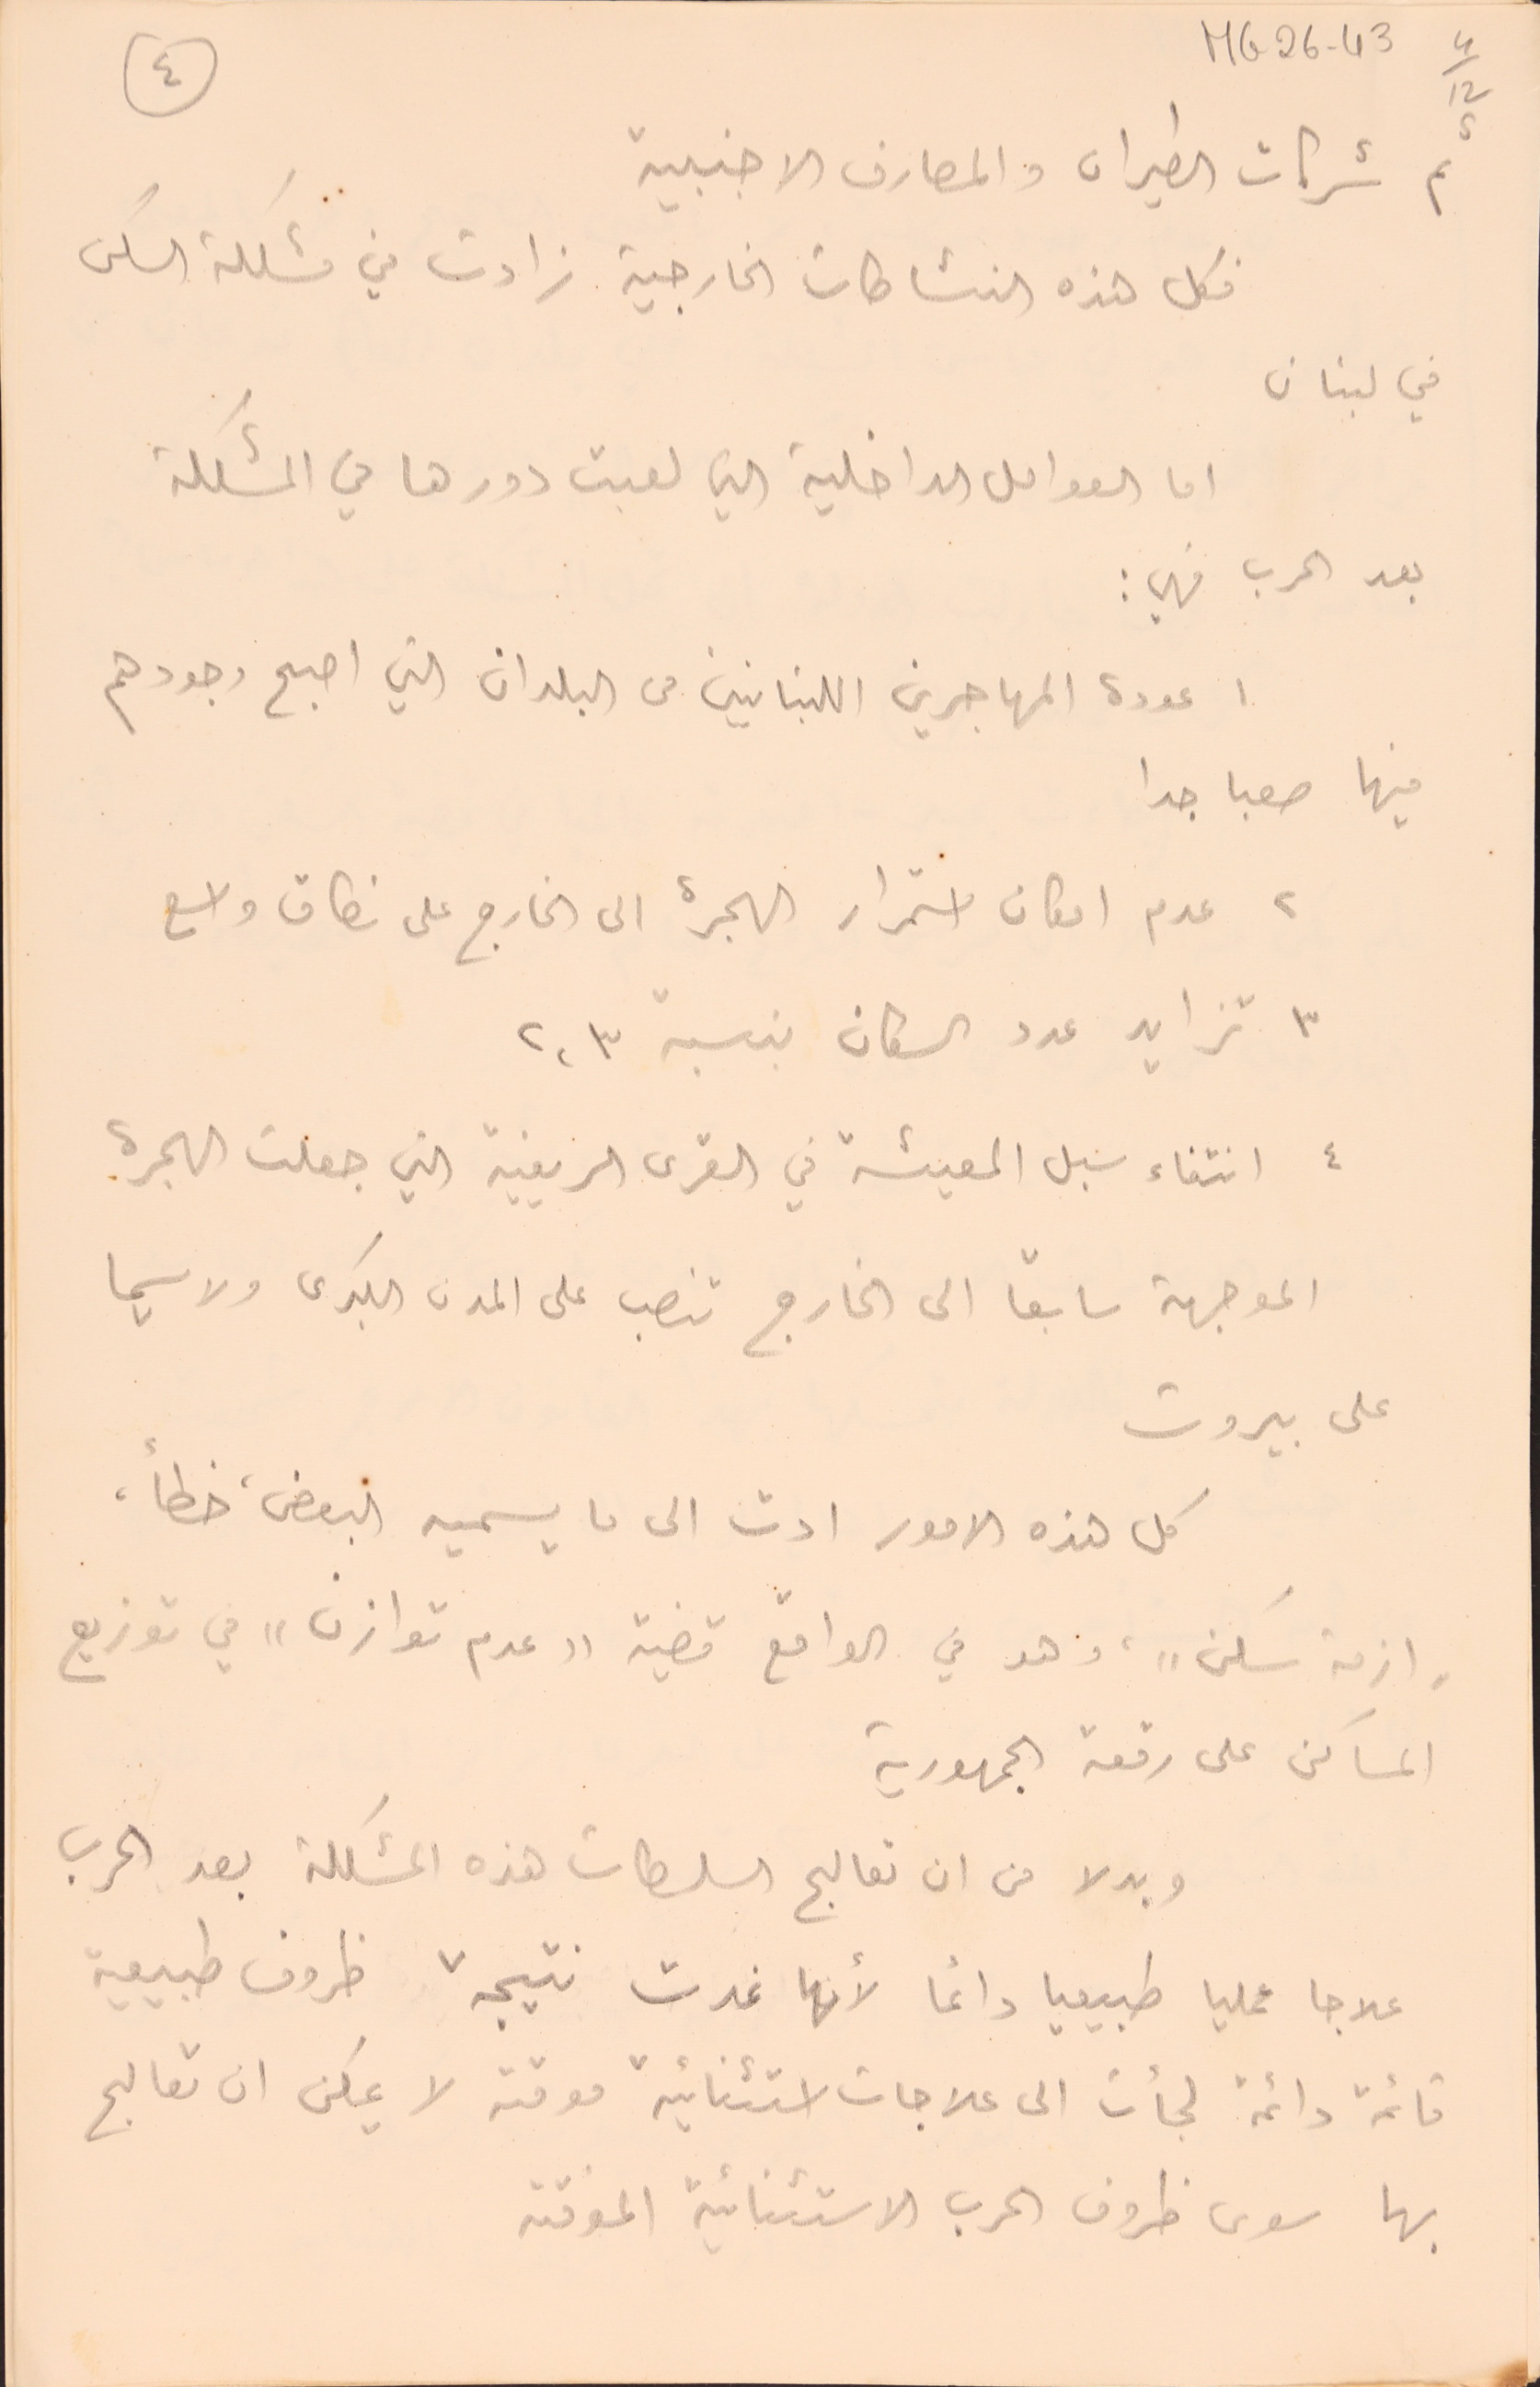
MG26-43   4/12
ثم شركات الطيران والمصارف الاجنبية
٤
فكل هذه النشاطات الخارجية زادت في مشكلة السكن
في لبنان
اما العوامل الداخلية التي لعبت دورها في المشكلة
بعد الحرب فهي :
١ عودة المهاجرين اللبنانين من البلدان التي اصبح وجودهم
فيها صعبا جدا
٢ عدم امكان استمرار الهجرة الى الخارج على نطاق واسع
٣ تزايد عدد السكان بنسبة ٢،٣
٤ انتفاء سبل المعيشة في القرى الريفية التي جعلت الهجرة
 الموجهة سابقا الى الخارج تنصب على المدن البكرى ولا سيما
على بيروت
كل هذه الامور ادت الى ما يسميه البعض، خطاً،
وازمة سكنٍ، وهو في الواقع قضية "عدم توازن" في توزيع
المساكن على رقعة الجمهورية
وبدلا من ان تعالج السلطات هذه المشكلة بعد الحرب
علاجا عمليا طبيعيا دائما لأنها غدت نتيجة ظروف طبيعية
قائمة دائمة لجأت الى علاجات استثنائية موقته لا يمكن ان تعالج
بها سوى ظروف الحرب الاستثنائية المؤقته